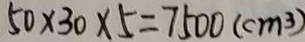
5 0 \times 3 0 \times 5 = 7 5 0 0 ( c m ^ { 3 } )